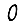
Digit: 0